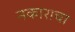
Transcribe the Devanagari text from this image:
नकाराचा